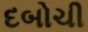
દબોચી